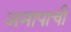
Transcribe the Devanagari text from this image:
अमापाची